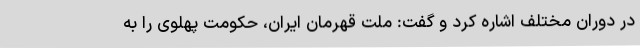
در دوران مختلف اشاره کرد و گفت: ملت قهرمان ایران، حکومت پهلوی را به